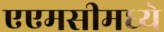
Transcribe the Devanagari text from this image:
एएमसीमध्ये